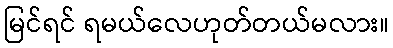
မြင်ရင် ရမယ်လေဟုတ်တယ်မလား။